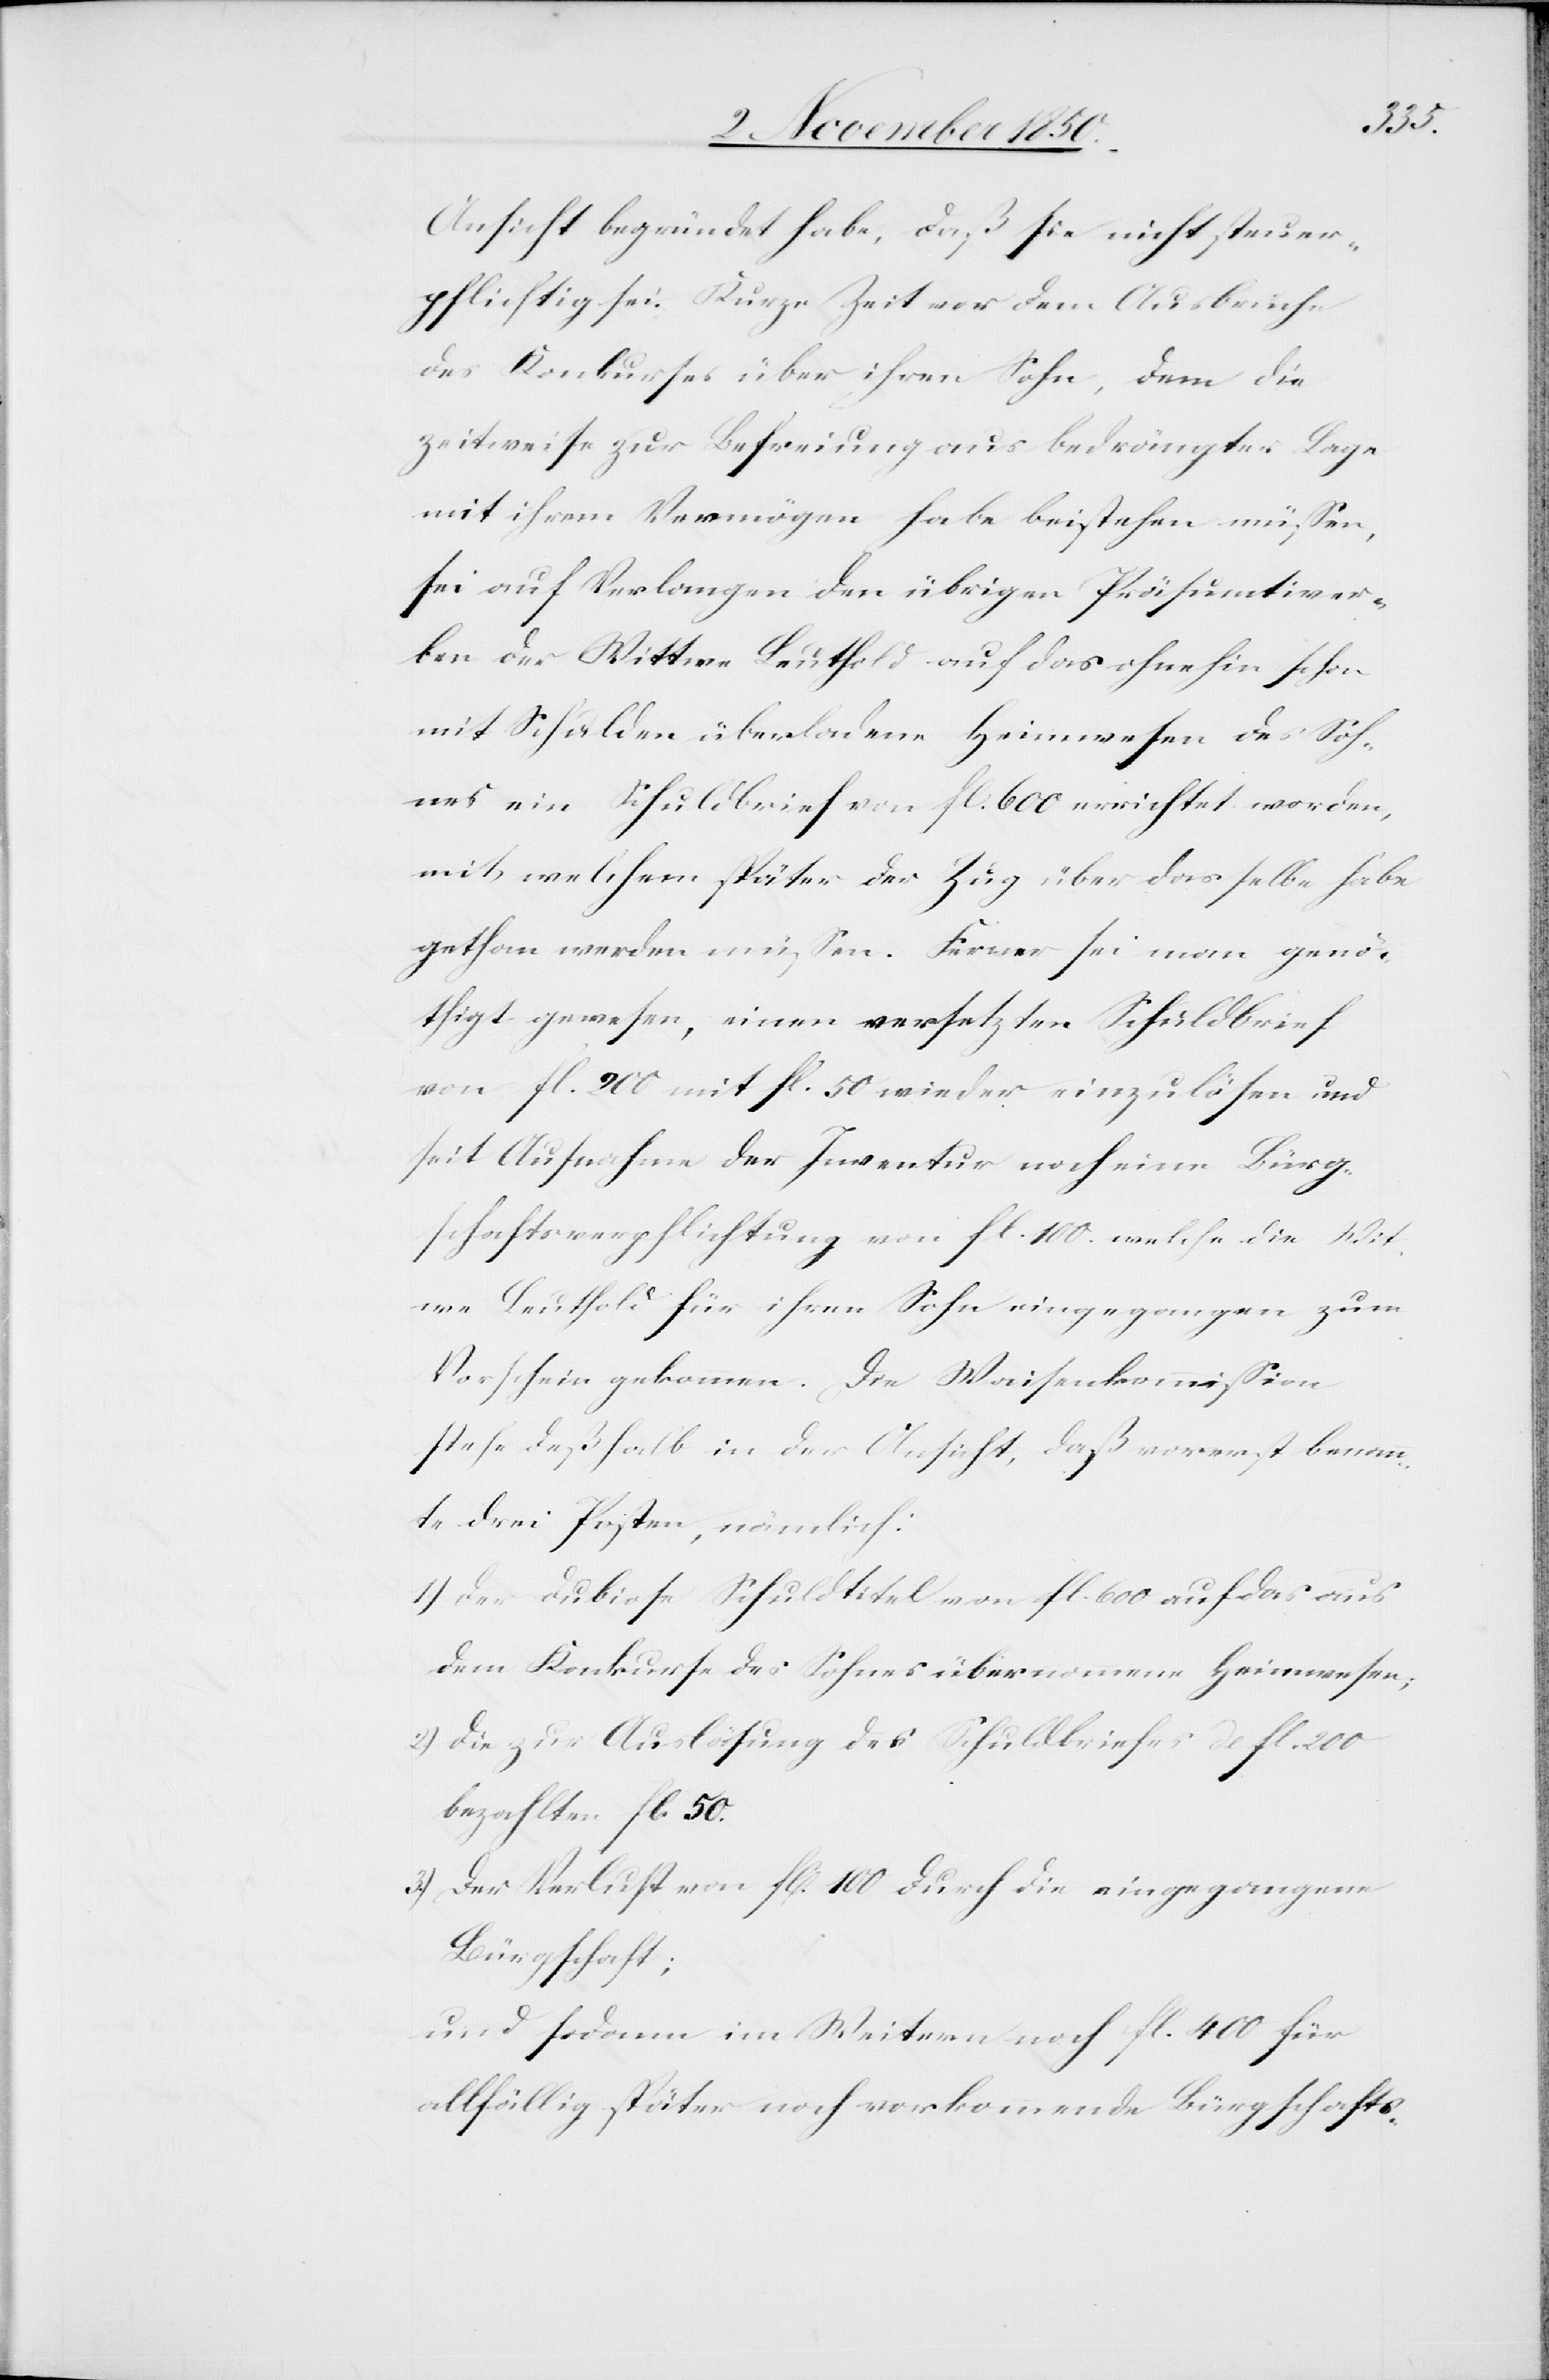
Ansicht begründet habe, daß sie nicht steuer¬
pflichtig sei. Kurze Zeit vor dem Ausbruche
des Konkurses über ihren Sohn, dem die
zeitweise zur Befreiung aus bedrängter Lage
mit ihrem Vermögen habe beistehen müssen,
sei auf Verlangen den übrigen Präsumtiver¬
ben der Wittwe Leuthold auf das ohnehin schon
mit Schulden überladene Heimwesen des Soh¬
nes ein Schuldbrief von fl. 600 errichtet worden,
mit welchem später der Zug über dasselbe habe
gethan werden müssen. Ferner sei man genö¬
thigt gewesen, einen versetzten Schuldbrief
von fl. 200 mit fl. 50 wieder einzulösen und
seit Aufnahme der Inventur noch eine Bürg¬
schaftsverpflichtung von fl. 100. welche die Wit¬
we Leuthold für ihren Sohn eingegangen zum
Vorschein gekommen. Die Waisenkommission
stehe deßhalb in der Ansicht, daß vorerst benann¬
te drei Posten, nämlich:
1) Der dubiose Schuldtitel von fl. 600 auf das aus
dem Konkurse des Sohnes übernommene Heimwesen;
2) Die zur Auslösung des Schuldbriefes de fl. 200
bezahlten fl. 50.
3) Der Verlust von fl. 100 durch die eingegangene
Bürgschaft;
und sodann im Weitern noch fl. 400 für
allfällig später noch vorkommende Bürgschafts-